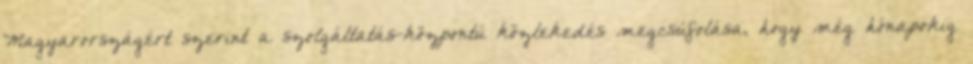
Magyarországért szerint a szolgáltatás-központú közlekedés megcsúfolása, hogy még hónapokig